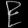
Digit: ၉